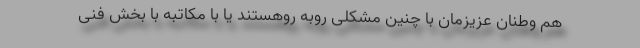
هم وطنان عزیزمان با چنین مشکلی روبه روهستند یا با مکاتبه با بخش فنی